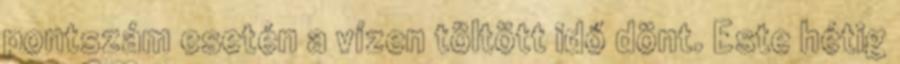
pontszám esetén a vízen töltött idő dönt. Este hétig